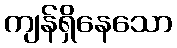
ကျန်ရှိနေသော